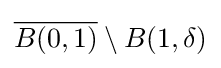
{\textstyle {\overline {B(0,1)}}\setminus B(1,\delta )}